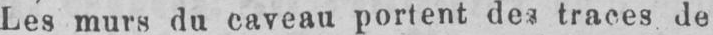
traces de